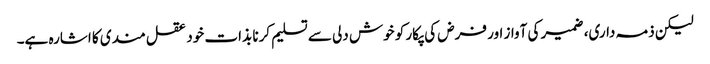
لیکن ذمہ داری، ضمیر کی آواز اور فرض کی پکار کو خوش دلی سے تسلیم کرنا بذات خود عقل مندی کا اشارہ ہے۔